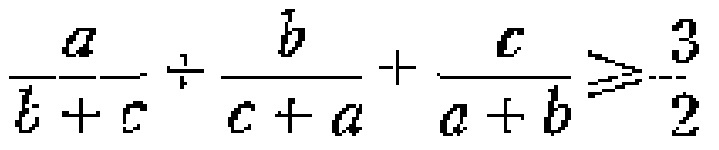
$\frac{a}{b + c}+\frac{b}{c + a}+\frac{c}{a + b}\geqslant\frac{3}{2}$